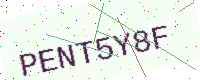
Text: PENT5Y8F